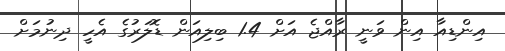
އިންޑިއާ އިން ވަނީ ރާއްޖެ އަށް 1.4 ބިލިއަން ޑޮލަރުގެ އެހީ ދިނުމަށް